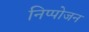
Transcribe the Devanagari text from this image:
निप्‍पोजन